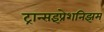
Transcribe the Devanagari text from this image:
ट्रान्सइंप्रेशनिझम्